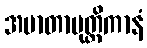
အမာတာပုတ္တိကာနံ